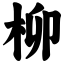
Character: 柳